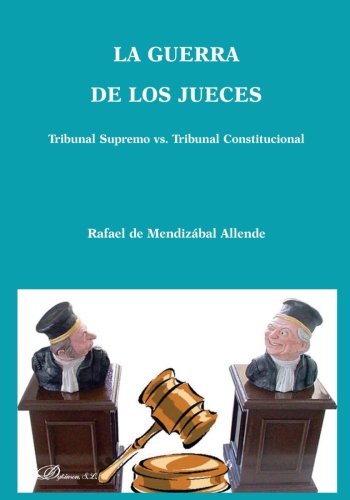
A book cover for La guerra de los jueces: Tribunal Supremo vs. Tribunal Constitucional (Spanish Edition); Rafael de MendizÃ¡bal Allende; Law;